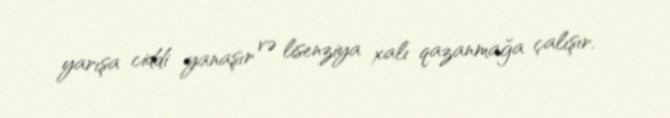
yarışa ciddi yanaşır və lisenziya xalı qazanmağa çalışır.